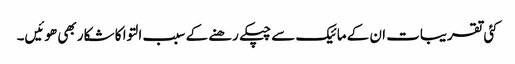
کئی تقریبات ان کے مائیک سے چپکے رھنے کے سبب التوا کا شکار بھی ھوئیں۔